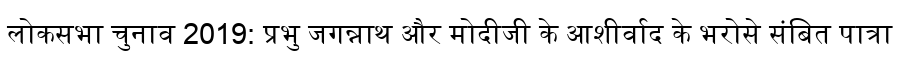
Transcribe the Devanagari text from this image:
लोकसभा चुनाव 2019: प्रभु जगन्नाथ और मोदीजी के आशीर्वाद के भरोसे संबित पात्रा